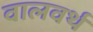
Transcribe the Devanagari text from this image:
वालवर्थ